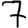
Digit: 7